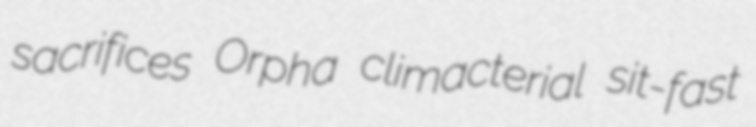
sacrifices Orpha climacterial sit-fast